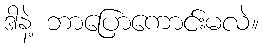
ဒါနဲ့ ဘာပြောကောင်းမလဲ။